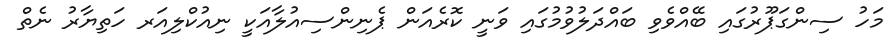
މަހު ސިންގަޕޫރުގައި ބޭއްވެވި ބައްދަލުވުމުގައި ވަނީ ކޮރެއަން ޕެނިންސިއުލާއަކީ ނިއުކްލިއަރ ހަތިޔާރު ނެތް